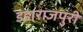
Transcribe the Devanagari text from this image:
डंडाराजपुरी